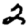
Digit: 2